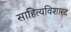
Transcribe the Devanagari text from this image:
साहित्यविशारद